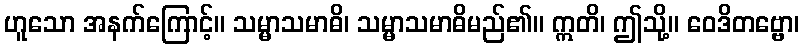
ဟူသော အနက်ကြောင့်။ သမ္မာသမာဓိ၊ သမ္မာသမာဓိမည်၏။ ဣတိ၊ ဤသို့။ ဝေဒိတဗ္ဗော၊